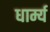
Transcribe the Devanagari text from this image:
धार्म्य